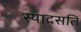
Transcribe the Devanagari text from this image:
स्यादसति